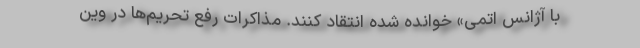
با آژانس اتمی» خوانده شده انتقاد کنند. مذاکرات رفع تحریم‌ها در وین